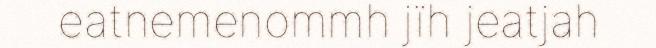
eatnemenommh jïh jeatjah